Scottish Leaving Certificate Examination, 1959
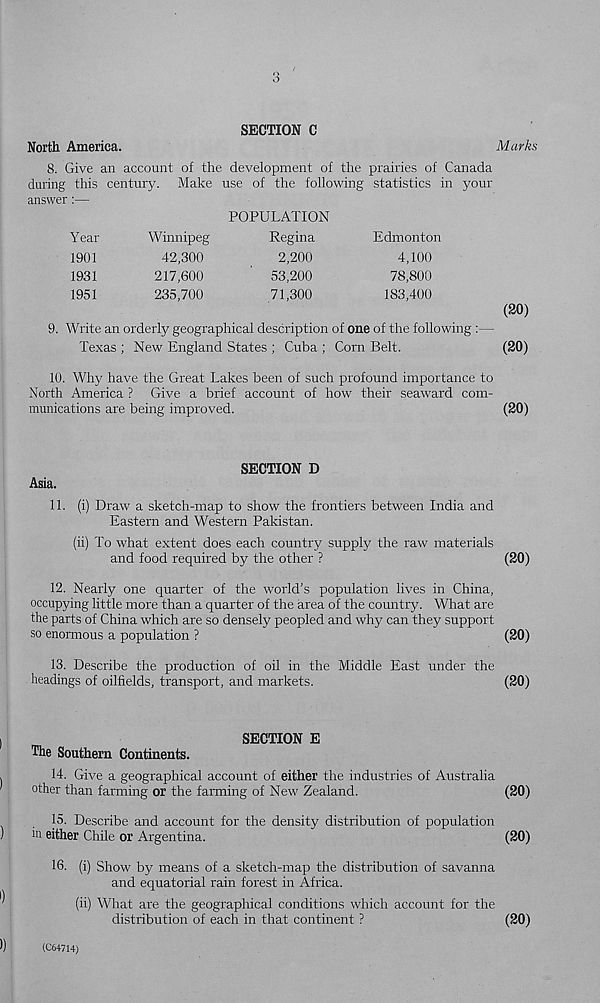
SECTION C
M arks
North America.
8. Give an account of the development of the prairies of Canada
during this century. Make use of the following statistics in your
answer:—
Year
1901
1931
1951
Winnipeg
42,300
217,600
235,700
POPULATION
Regina
2,200
53,200
71,300
Edmonton
4,100
78,800
183,400
9. Write an orderly geographical description of one of the following :—
Texas ; New England States ; Cuba ; Corn Belt.
(20)
(20)
10. Why have the Great Lakes been of such profound importance to
North America ? Give a brief account of how their seaward com-
munications are being improved.
(20)
SECTION D
Asia.
11. (i) Draw a sketch-map to show the frontiers between India and
Eastern and Western Pakistan.
(ii) To what extent does each country supply the raw materials
and food required by the other ?
(20)
12. Nearly one quarter of the world’s population lives in China,
occupying little more than a quarter of the area of the country. What are
the parts of China which are so densely peopled and why can they support
so enormous a population ?
(20)
13. Describe the production of oil in the Middle East under the
headings of oilfields, transport, and markets.
(20)
SECTION E
The Southern Continents.
14. Give a geographical account of either the industries of Australia
other than farming or the farming of New Zealand.
(20)
15. Describe and account for the density distribution of population
in either Chile or Argentina.
(20)
16. (i) Show by means of a sketch-map the distribution of savanna
and equatorial rain forest in Africa.
(ii) What are the geographical conditions which account for the
distribution of each in that continent ?
(20)
(C64714)